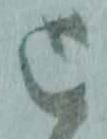
と